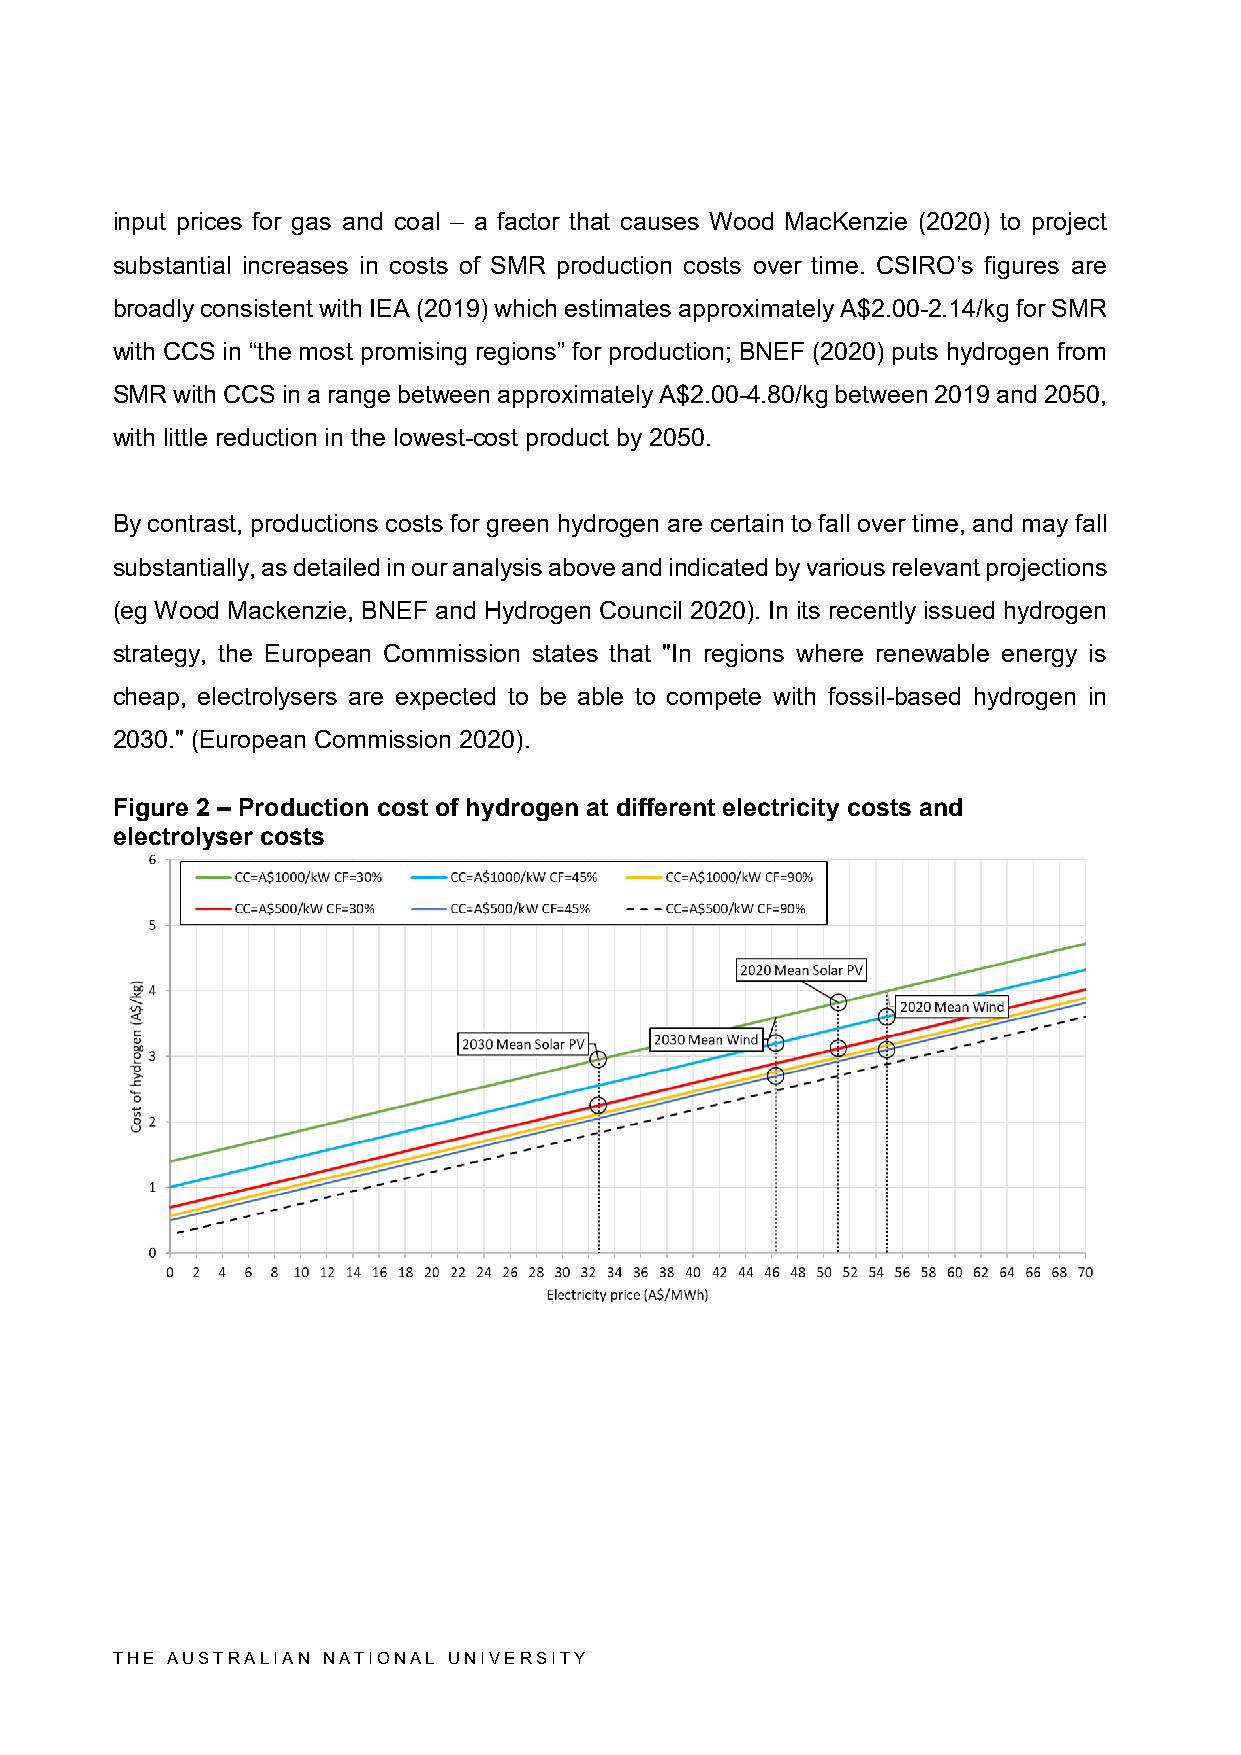
input prices for gas and coal – a factor that causes Wood MacKenzie (2020) to project
 substantial increases in costs of SMR production costs over time. CSIRO’s figures are
 broadly consistent with IEA (2019) which estimates approximately A$2.00-2.14/kg for SMR
 with CCS in “the most promising regions” for production; BNEF (2020) puts hydrogen from
 SMR  with CCS in a range between approximately A$2.00-4.80/kg between 2019 and 2050,
 with little reduction in the lowest-cost product by 2050.
 By contrast, productions costs for green hydrogen are certain to fall over time, and may fall
 substantially, as detailed in our analysis above and indicated by various relevant projections
 (eg Wood Mackenzie, BNEF and Hydrogen Council 2020). In its recently issued hydrogen
 strategy, the European Commission states that "In regions where renewable energy is
 cheap, electrolysers are expected to be able to compete with fossil-based hydrogen in
 2030." (European Commission 2020).
 Figure 2 – Production cost of hydrogen at different electricity costs and
 electrolyser costs
 THE AUSTRALIAN NATIONAL UNIVERSITY